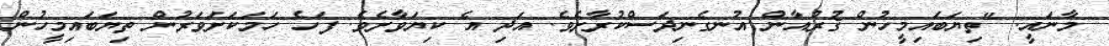
މާނައީ: "ތިޔަބައިމީހުން ޤުރުއާން އުނގެނިދަސްކުރާށެވެ. އަދި އެ ކިޔަވާށެވެ. ފަހެ ހަމަކަށަވަރުން ތިޔަބައިމީހުން